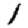
Digit: 1